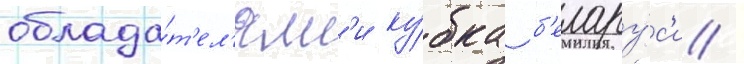
облада́т'ел'ям'и ку́бка б'елару́с'и /